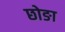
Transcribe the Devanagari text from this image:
छोङा